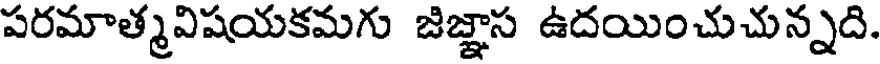
పరమాత్మవిషయకమగు జిజ్ఞాస ఉదయించుచున్నది.